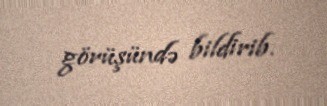
görüşündə bildirib.